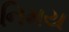
નિમય